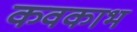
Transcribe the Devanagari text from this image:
कवकाभ